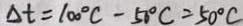
\Delta t = 1 0 0 ^ { \circ } C - 5 6 ^ { \circ } C = 5 0 ^ { \circ } C